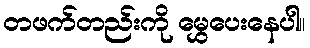
တဖက်တည်းကို မွှေပေးနေပါ။